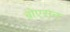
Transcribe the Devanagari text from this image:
बोएसन